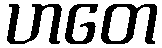
ဟတေ